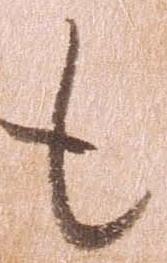
も